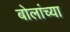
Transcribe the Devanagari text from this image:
बोलांच्या